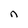
Character: n